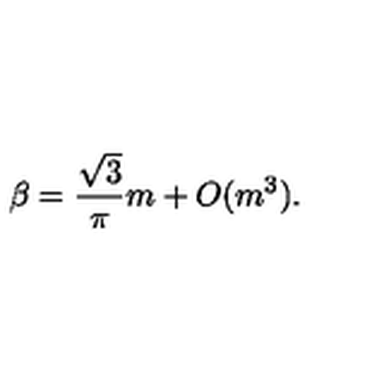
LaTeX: \beta = \frac { \sqrt { 3 } } { \pi } m + O ( m ^ { 3 } ) .